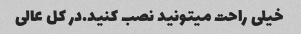
خیلی راحت میتونید نصب کنید.در کل عالی